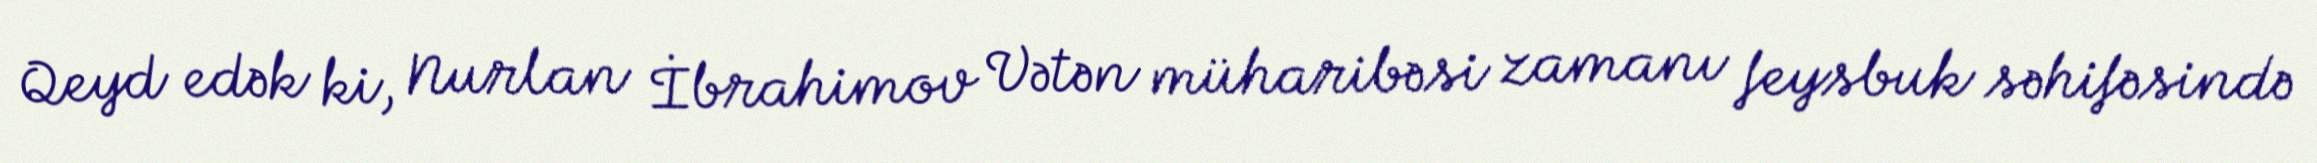
Qeyd edək ki, Nurlan İbrahimov Vətən müharibəsi zamanı feysbuk səhifəsində